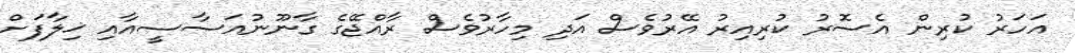
އަހަރު ކުރިން އެސޮރު ކުރިއިރު އޭރުވެސް އަދި މިހާރުވެސް ރާއްޖޭގެ ގާނޫނުއަސާސީއާއި ޚިލާފަށް